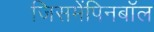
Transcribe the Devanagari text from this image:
जिसमेंपिनबॉल